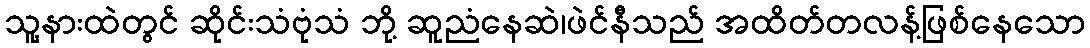
သူ့နားထဲတွင် ဆိုင်းသံဗုံသံ ဘို့ ဆူညံနေဆဲ၊ဖဲင်နီသည် အထိတ်တလန့်ဖြစ်နေသော